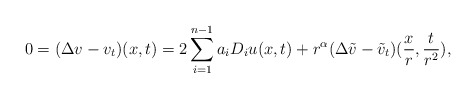
\begin{align*}0= (\Delta v - v_t)(x,t)= 2 \sum_{i=1}^{n-1} a_i D_i u(x,t) + r^{\alpha}(\Delta \tilde v - \tilde v_t)(\frac{x}{r},\frac{t}{r^2}),\end{align*}